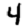
Digit: 4